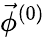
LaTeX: \vec{\phi}^{(0)}